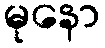
မုနော